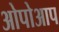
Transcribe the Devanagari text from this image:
ओपोआप